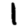
Digit: 1